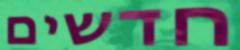
חדשים